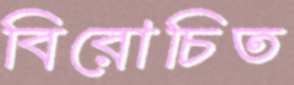
বিরোচিত